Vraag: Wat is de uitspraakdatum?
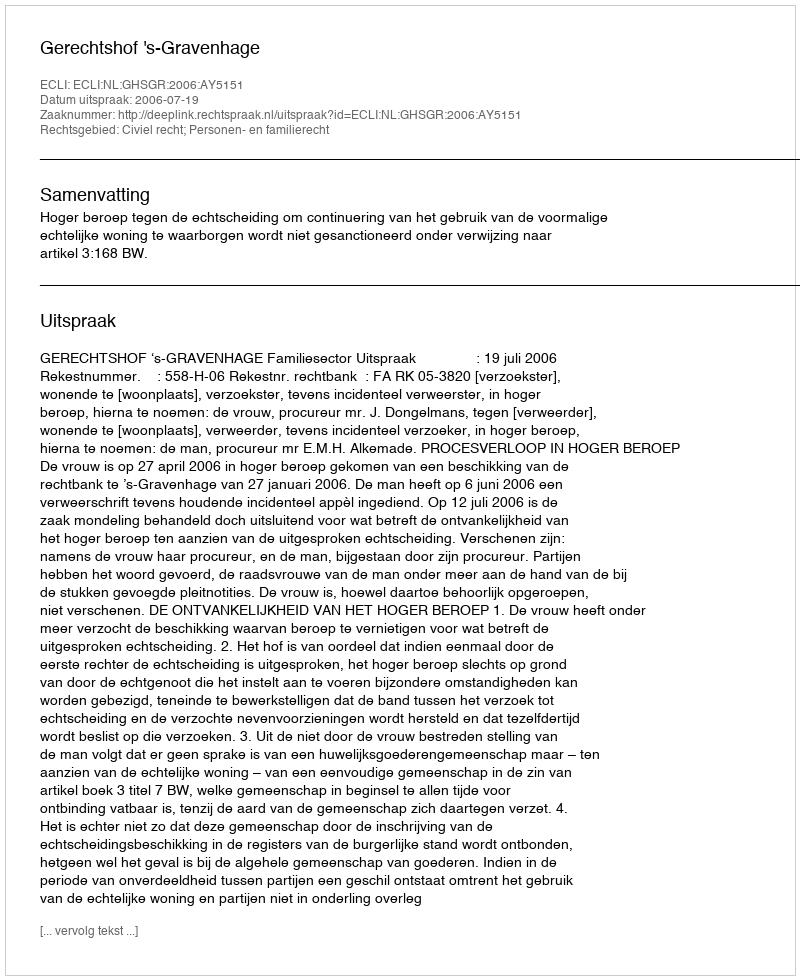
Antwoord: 2006-07-19